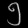
Digit: ၅